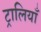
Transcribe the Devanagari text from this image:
ट्रालियाँ